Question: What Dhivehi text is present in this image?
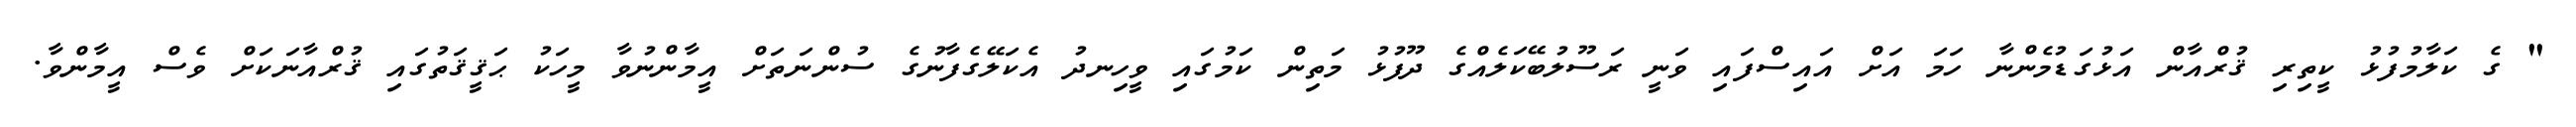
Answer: " ގެ ކަލާމުފުޅު ކީތިރި ޤުރްއާން އަޅުގަޑުމެންނާ ހަމަ އަށް އައިސްފައި ވަނީ ރަސޫލުބޭކަލެއްގެ ދޫފުޅު މަތިން ކަމުގައި ވީހިނދު އެކަލޭގެފާނުގެ ސުންނަތަށް އީމާންނުވާ މީހަކު ޙަޤީޤަތުގައި ޤުރްއާނަކަށް ވެސް އީމާންވާ.